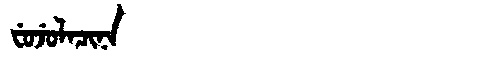
Manchu: ᠸᡠᠵᡠᠯᠠᠴᡳᠨᠠ
Romanization: FUJULACINA